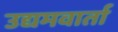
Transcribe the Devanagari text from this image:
उद्यमवार्ता